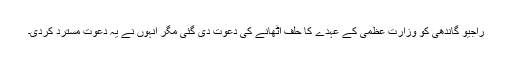
راجیو گاندھی کو وزارت عظمیٰ کے عہدے کا حلف اُٹھانے کی دعوت دی گئی مگر انہوں نے یہ دعوت مسترد کردی۔